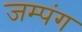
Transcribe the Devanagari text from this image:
जम्पंग